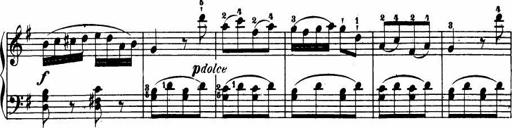
Title: Le bouquetier
Composer: Anton Diabelli
Key: G major
 C major
 F major
 C major